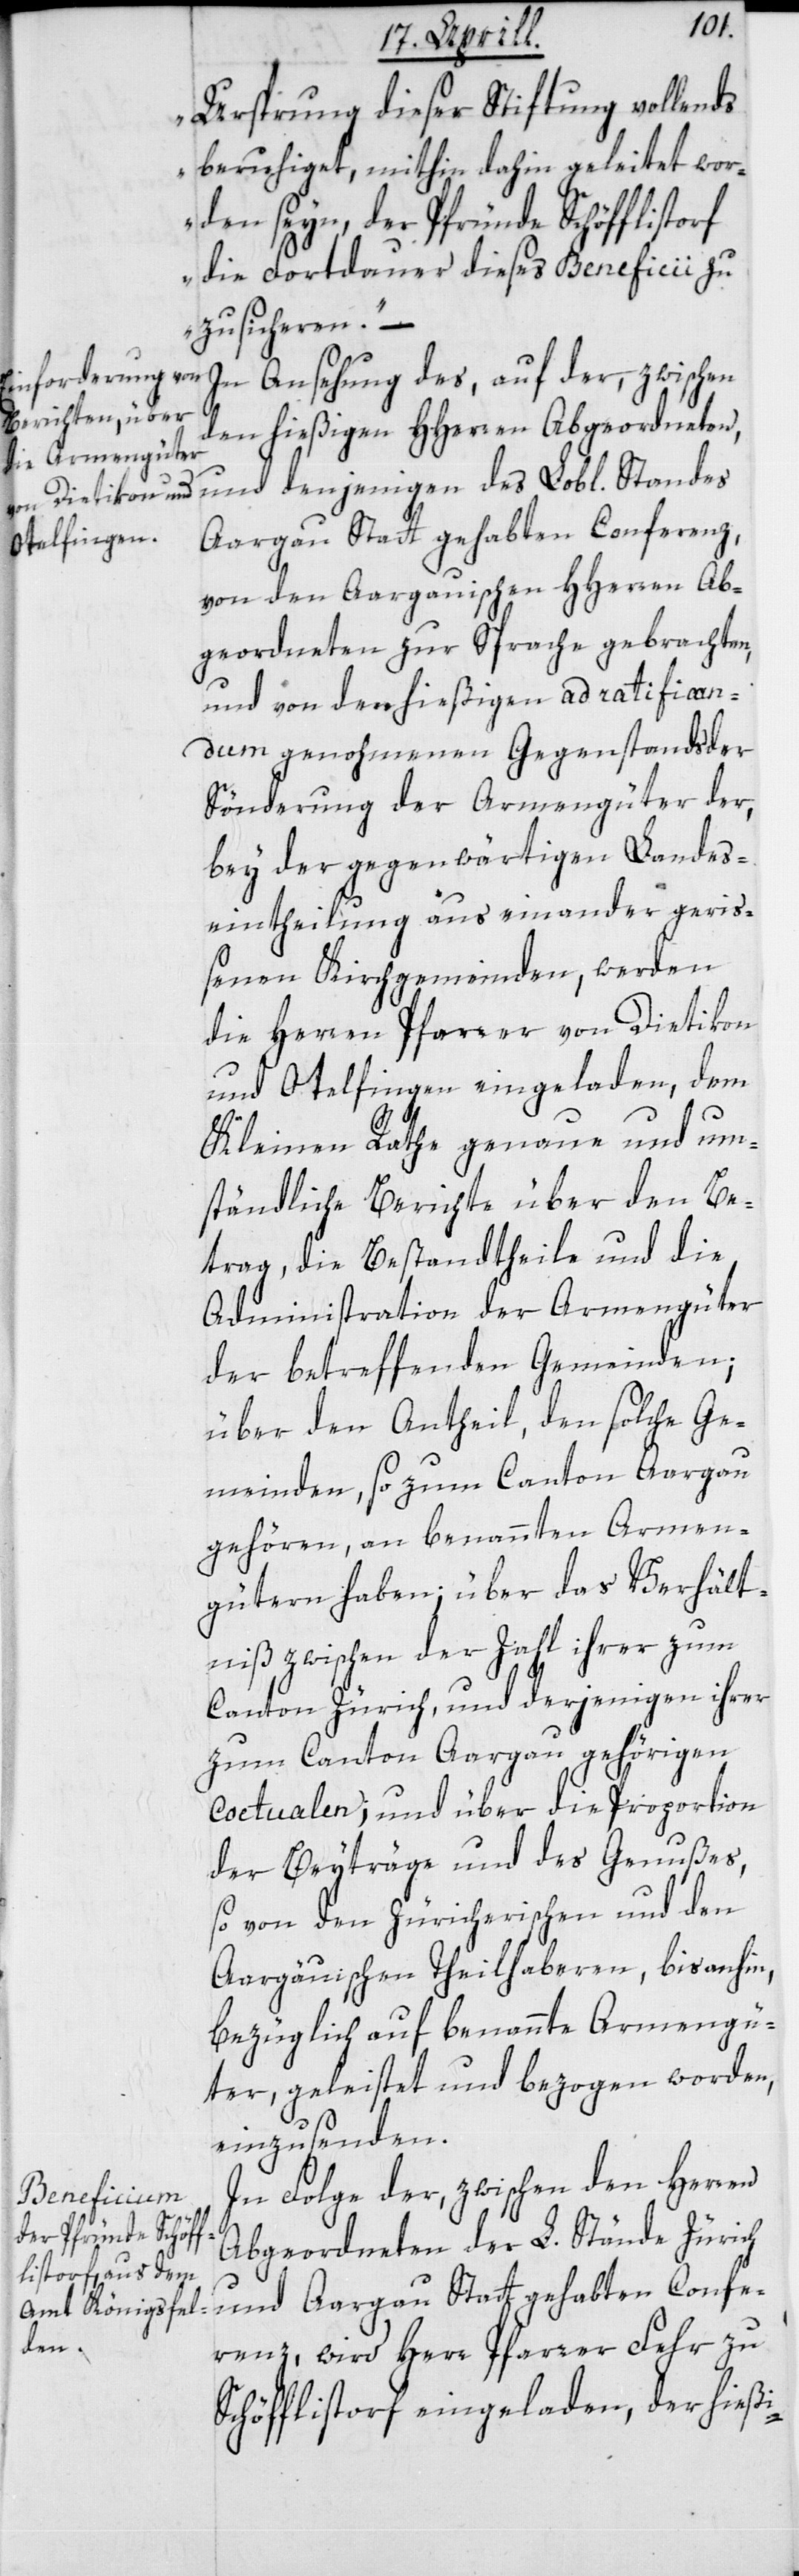
Ursprung dieser Stiftung vollends
beruhiget, mithin dahin geleitet wor¬
den seyn, der Pfründe Schöfflisdorf
die Fortdauer dieses Beneficii zu
zusicheren“. –
In Ansehung des, auf der, zwischen
den hießigen HHerren Abgeordneten,
und denjenigen des Lobl. Standes
Aargau Statt gehabten Conferenz,
von den Aargauischen HHerren Ab¬
geordneten zur Sprache gebrachten,
und von den hießigen ad ratifican¬
dum genohmenen Gegenstands der
Sönderung der Armengüter der,
bey der gegenwärtigen Landes¬
eintheilung aus einander geriß¬
enen Kirchgemeinden, werden
die Herren Pfarrer von Dietikon
und Otelfingen eingeladen, dem
Kleinen Rathe genaue und um¬
ständliche Berichte über den Be¬
trag, die Bestandtheile und die
Administration der Armengüter
der betreffenden Gemeinden;
über den Antheil, den solche Ge¬
meinden, so zum Canton Aargau
gehören, an benannten Armen¬
gütern haben; über das Verhält¬
niß zwischen der Zahl ihrer zum
Canton Zürich, und derjenigen ihrer
zum Canton Aargau gehörigen
Coetualen; und über die Proportion
der Beyträge und des Genußes,
so von den Züricherischen und den
Aargäuischen Theilhaberen, bis anhin,
bezüglich auf benannte Armengü¬
ter, geleistet und bezogen worden,
einzusenden.
In Folge der, zwischen den Herren
Abgeordneten der L. Stände Zürich
und Aargau Statt gehabten Confe¬
renz, wird Herr Pfarrer Fehr zu
Schöfflistorf eingeladen, der hießi-